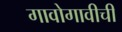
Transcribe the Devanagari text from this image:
गावोगावीची